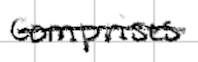
Text: comprises
Cross-out: single-line
Writing tool: digital_black